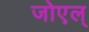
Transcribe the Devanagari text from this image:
जोएल्‌